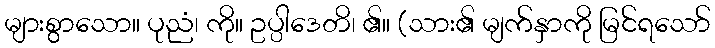
များစွာသော။ ပုညံ၊ ကို။ ဥပ္ပါဒေတိ၊ ၏။ (သား၏ မျက်နှာကို မြင်ရသော်